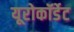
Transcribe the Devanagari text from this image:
यूरोकॉर्डेट